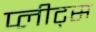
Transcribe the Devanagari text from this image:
प्लीट्स